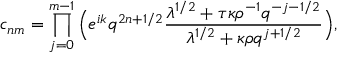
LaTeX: c _ { n m } = \prod _ { j = 0 } ^ { m - 1 } \Big ( e ^ { i k } q ^ { 2 n + 1 / 2 } \frac { \lambda ^ { 1 / 2 } + \tau \kappa \rho ^ { - 1 } q ^ { - j - 1 / 2 } } { \lambda ^ { 1 / 2 } + \kappa \rho q ^ { j + 1 / 2 } } \Big ) ,